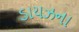
ડાયઝના